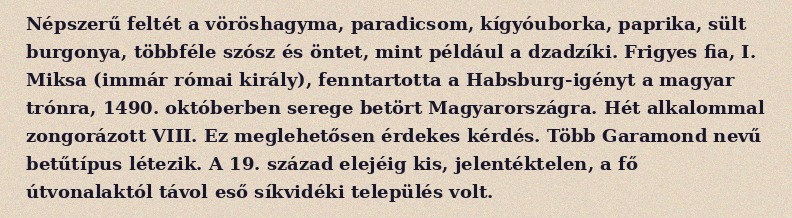
Népszerű feltét a vöröshagyma, paradicsom, kígyóuborka, paprika, sült burgonya, többféle szósz és öntet, mint például a dzadzíki. Frigyes fia, I. Miksa (immár római király), fenntartotta a Habsburg-igényt a magyar trónra, 1490. októberben serege betört Magyarországra. Hét alkalommal zongorázott VIII. Ez meglehetősen érdekes kérdés. Több Garamond nevű betűtípus létezik. A 19. század elejéig kis, jelentéktelen, a fő útvonalaktól távol eső síkvidéki település volt.